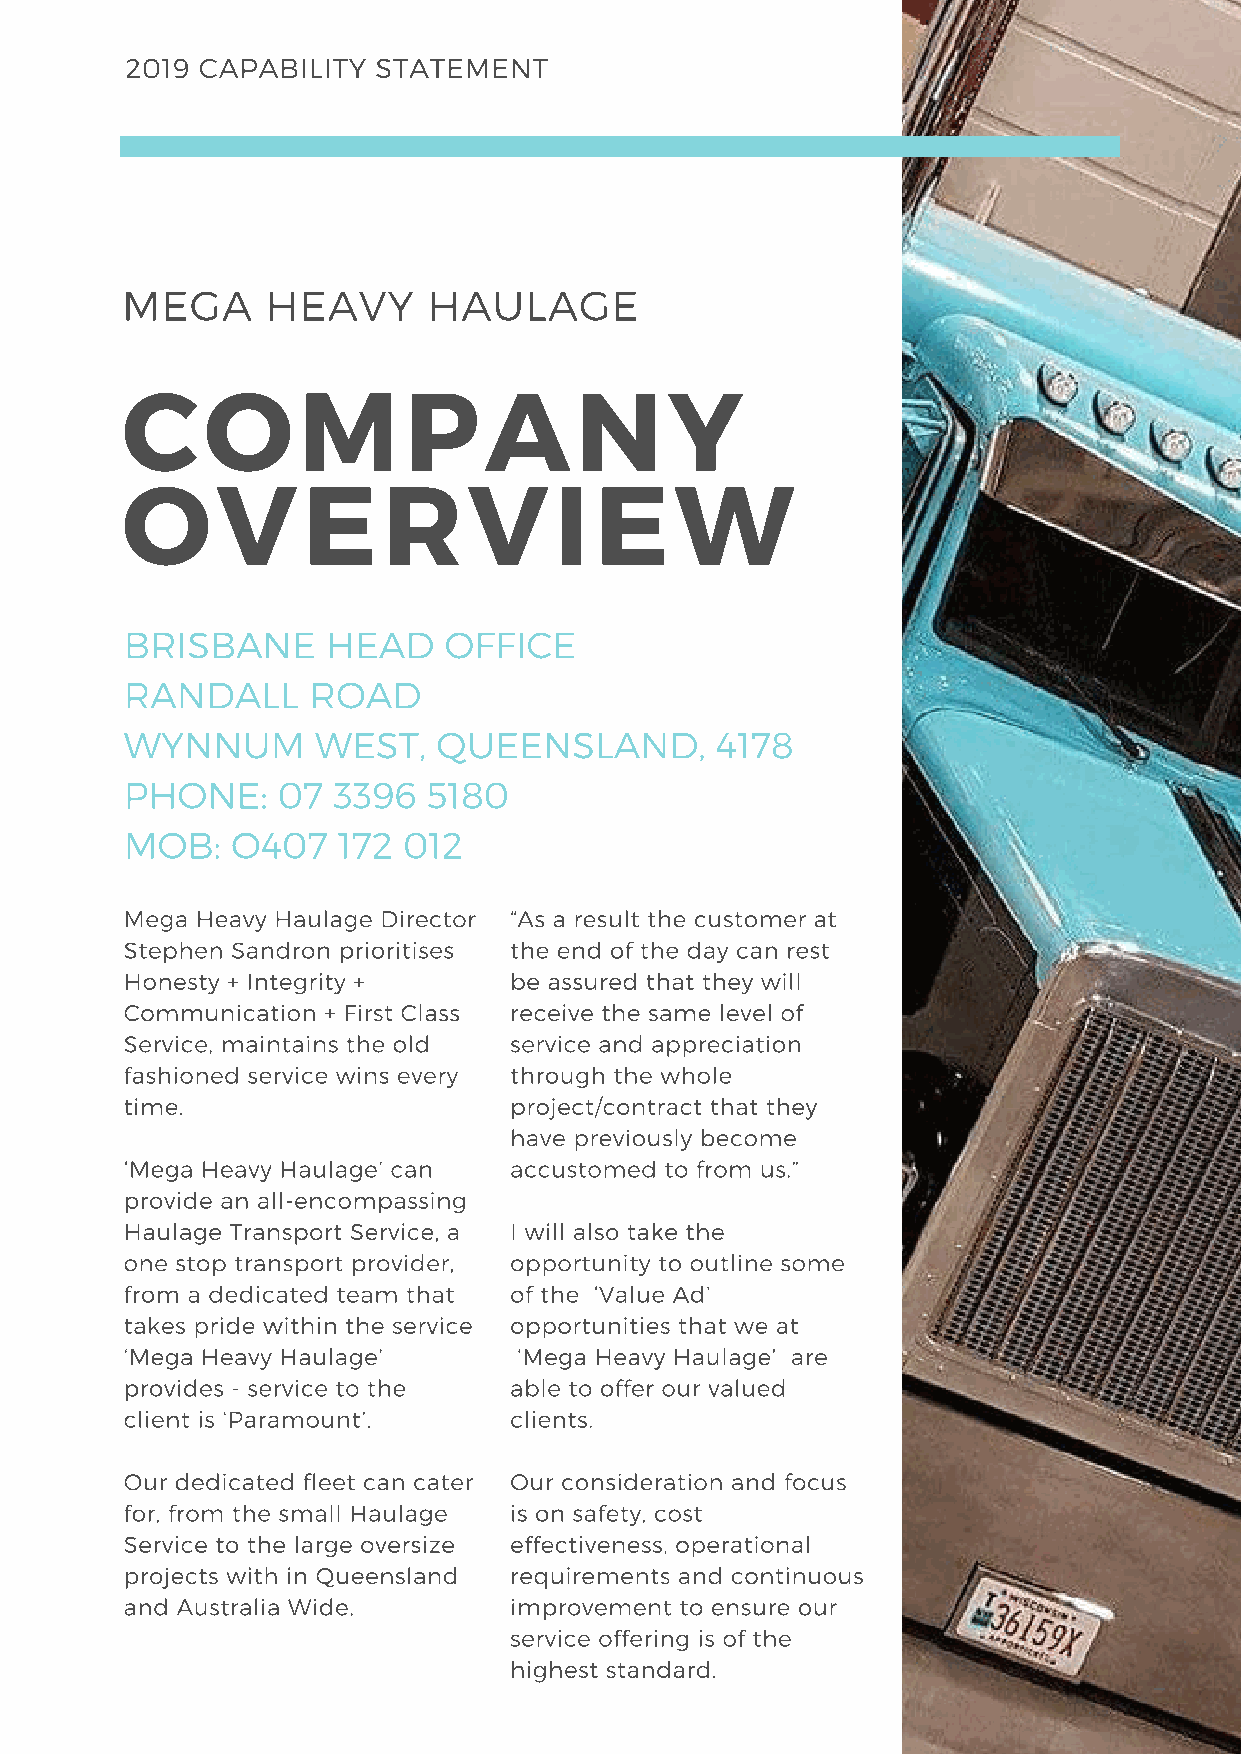
2019 CAPABILITY  STATEMENT
 MEGA      HEAVY     HAULAGE
 COMPANY
 OVERVIEW
 BRISBANE      HEAD   OFFICE
 RANDALL     ROAD
 WYNNUM       WEST,   QUEENSLAND,       4178
 PHONE:    07  3396  5180
 MOB:   O407   172  012
 Mega Heavy Haulage Director “As a result the customer at
 Stephen Sandron prioritises the end of the day can rest
 Honesty + Integrity +     be assured that they will
 Communication + First Class receive the same level of
 Service, maintains the old service and appreciation
 fashioned service wins every through the whole
 time.                     project/contract that they
 have previously become
 ‘Mega Heavy Haulage’ can  accustomed to from us.”
 provide an all-encompassing
 Haulage Transport Service, a I will also take the
 one stop transport provider, opportunity to outline some
 from a dedicated team that of the ‘Value Ad’
 takes pride within the service opportunities that we at
 ‘Mega Heavy Haulage’      ‘Mega Heavy Haulage’ are
 provides - service to the able to offer our valued
 client is ‘Paramount’.    clients.
 Our dedicated fleet can cater Our consideration and focus
 for, from the small Haulage is on safety, cost
 Service to the large oversize effectiveness, operational
 projects with in Queensland requirements and continuous
 and Australia Wide.       improvement to ensure our
 service offering is of the
 highest standard.